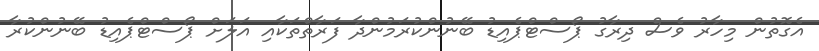
އެގޮތުން މިހާރު ވެސް ދިރާގު ޕޯސްޓްޕެއިޑު ބޭނުންކުރަމުންދާ ފަރާތްތަކާއި އަލަށް ޕޯސްޓްޕެއިޑު ބޭނުންކުރާ